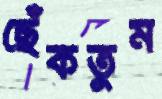
ছেঁকতুম